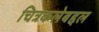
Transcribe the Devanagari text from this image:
चित्रकलेबद्दल